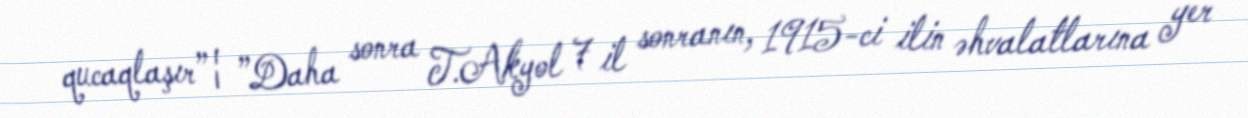
qucaqlaşır”¦ ”Daha sonra T.Akyol 7 il sonranın, 1915-ci ilin əhvalatlarına yer